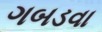
ગબડવા